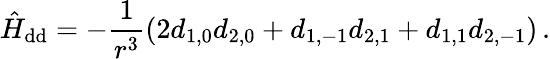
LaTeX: \hat{H}_{\mathrm{dd}}=-\frac{1}{r^{3}}\left(2d_{1,0}d_{2,0}+d_{1,-1}d_{2,1}+d_{1,1}d_{2,-1}\right)\, .